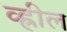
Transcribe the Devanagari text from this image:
व्ह्रील